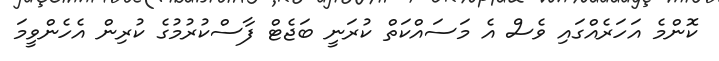
ކޮންމެ އަހަރެއްގައި ވެސް އެ މަސައްކަތް ކުރަނީ ބަޖެޓް ފާސްކުރުމުގެ ކުރިން އެހެންވީމަ